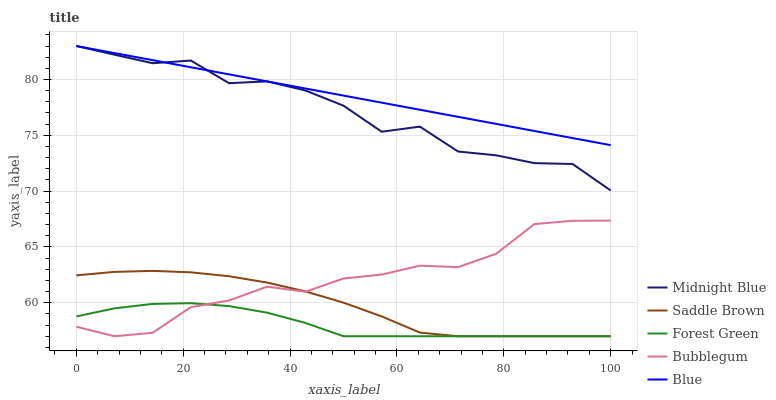
| xaxis_label | Midnight Blue | Saddle Brown | Forest Green | Bubblegum | Blue |
 | --- | --- | --- | --- | --- | --- |
 | 0 | 83 | 62.5 | 58.8 | 57.9 | 83 |
 | 7.14 | 82.2 | 62.8 | 59.5 | 57 | 82.4 |
 | 14.3 | 81.5 | 62.9 | 59.9 | 57.3 | 81.7 |
 | 21.4 | 81.7 | 62.7 | 60 | 59.6 | 81.1 |
 | 28.6 | 79.7 | 62.4 | 59.7 | 60.2 | 80.5 |
 | 35.7 | 79.8 | 61.8 | 59.1 | 61.4 | 79.8 |
 | 42.9 | 79 | 61 | 58.2 | 61 | 79.2 |
 | 50 | 77.7 | 60 | 57 | 62.2 | 78.6 |
 | 57.1 | 75.3 | 58.8 | 57 | 62.5 | 77.9 |
 | 64.3 | 75.8 | 57.3 | 57 | 63.3 | 77.3 |
 | 71.4 | 73.5 | 57 | 57 | 63.2 | 76.7 |
 | 78.6 | 73.2 | 57 | 57 | 64.4 | 76 |
 | 85.7 | 72.5 | 57 | 57 | 67.1 | 75.4 |
 | 92.9 | 72.4 | 57 | 57 | 67.3 | 74.8 |
 | 100 | 70.1 | 57 | 57 | 67.4 | 74.1 |